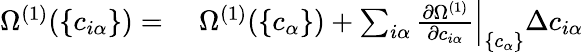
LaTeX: \begin{array}{rl}{\Omega^{(1)}(\{ c_{i\alpha}\} )=}&{{}\; \Omega^{(1)}(\{ c_{\alpha}\} )+\sum_{i\alpha}\frac{\partial\Omega^{(1)}}{\partial c_{i\alpha}}\Big\vert_{\{ c_{\alpha}\} }\Delta c_{i\alpha}}\end{array}